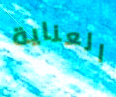
العناية